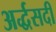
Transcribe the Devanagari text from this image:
अर्द्धसदी